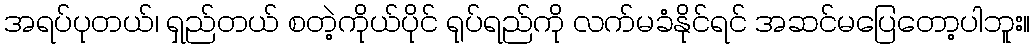
အရပ်ပုတယ်၊ ရှည်တယ် စတဲ့ကိုယ်ပိုင် ရုပ်ရည်ကို လက်မခံနိုင်ရင် အဆင်မပြေတော့ပါဘူး။